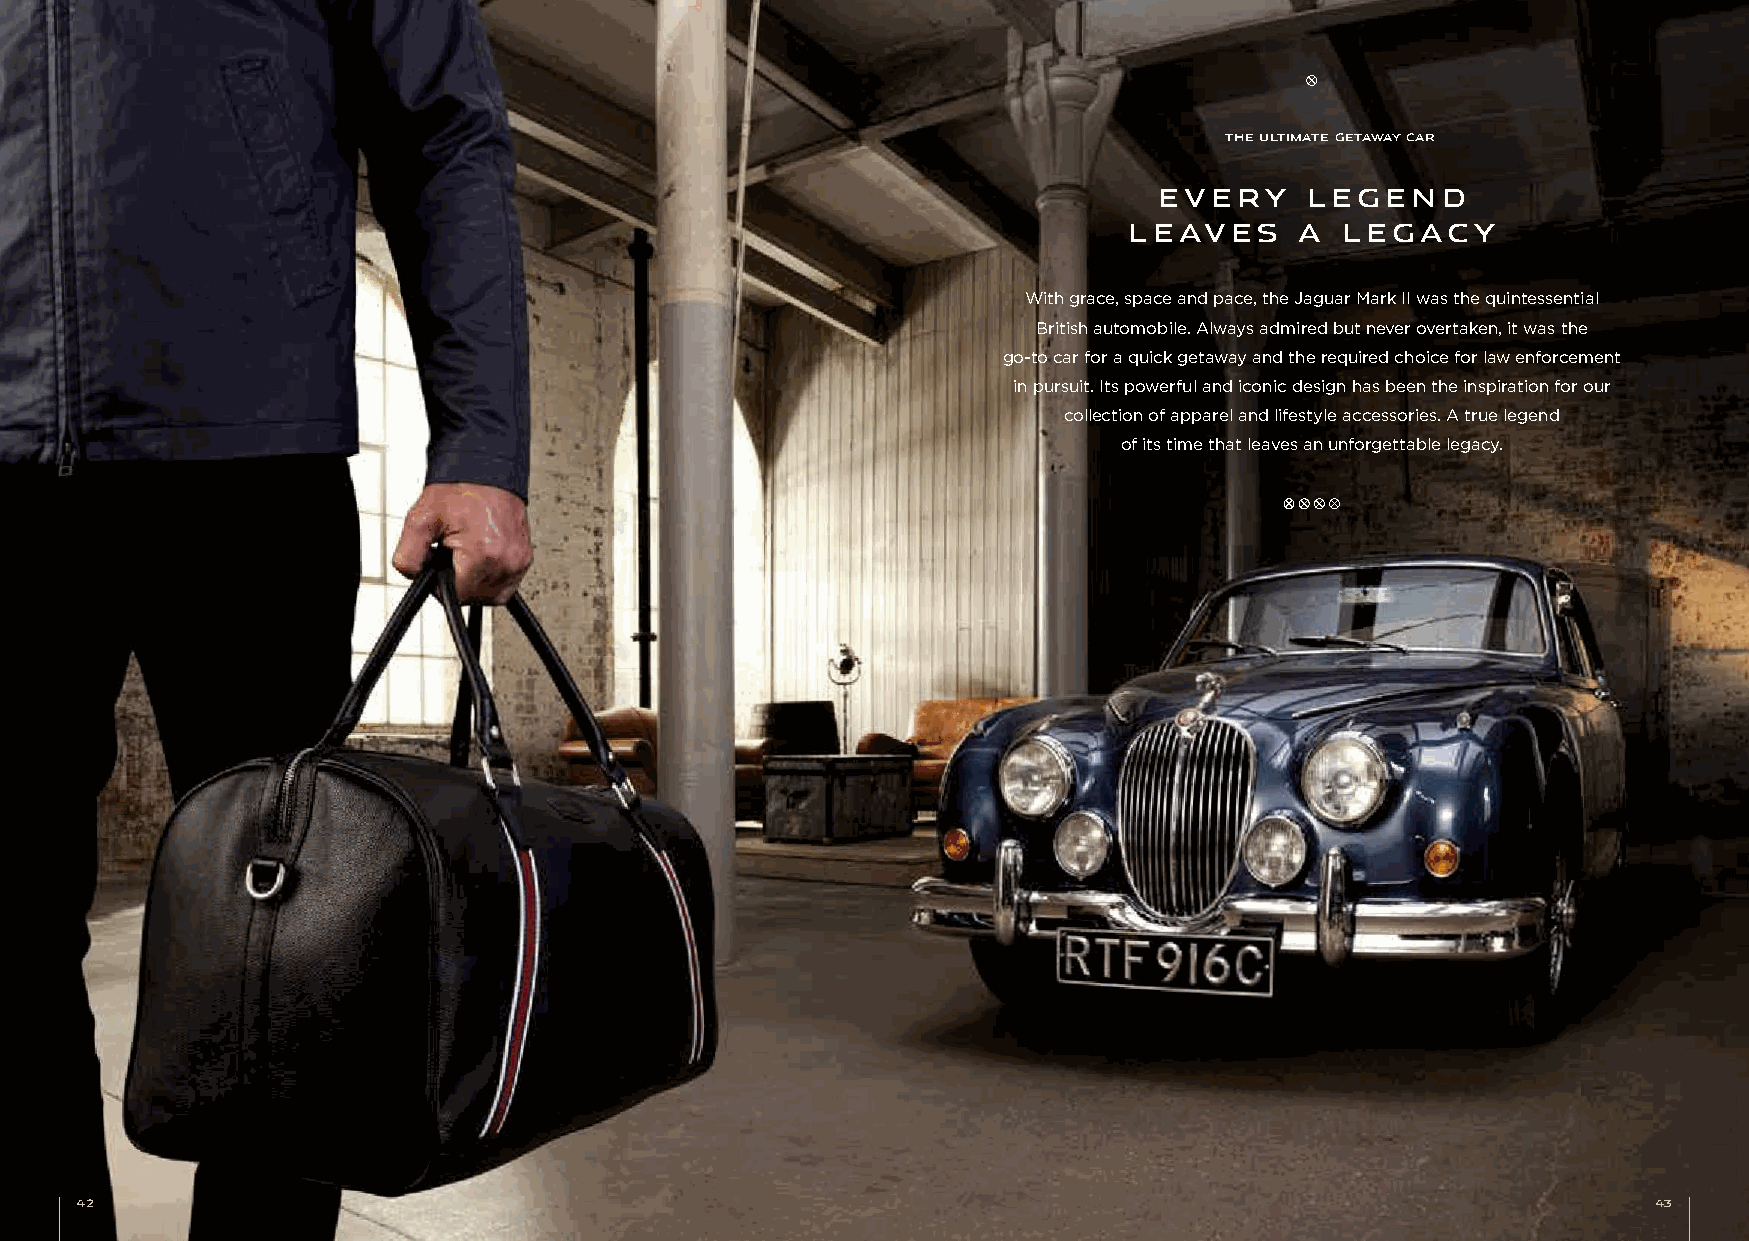
THE ULTIMATE GETAWAY CAR
 EVERY    LEGEND
 LEAVES     A  LEGACY
 With grace, space and pace, the Jaguar Mark II was the quintessential
 British automobile. Always admired but never overtaken, it was the
 go-to car for a quick getaway and the required choice for law enforcement
 in pursuit. Its powerful and iconic design has been the inspiration for our
 collection of apparel and lifestyle accessories. A true legend
 of its time that leaves an unforgettable legacy.
 42                                                                                                       43